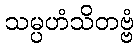
သမ္ပဟံသိတဗ္ဗံ